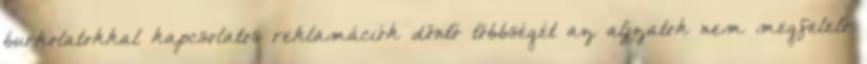
burkolatokkal kapcsolatos reklamációk döntő többségét az aljzatok nem megfelelő